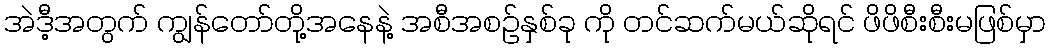
အဲဒီ့အတွက် ကျွန်တော်တို့အနေနဲ့ အစီအစဉ်နှစ်ခု ကို တင်ဆက်မယ်ဆိုရင် ဖိဖိစီးစီးမဖြစ်မှာ